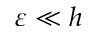
\varepsilon \ll h